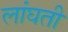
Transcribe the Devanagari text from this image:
लांघती